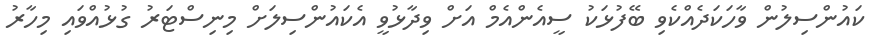
ކައުންސިލުން ވާހަކަދެއްކެވި ބޭފުޅަކު ސީއެންއެމް އަށް ވިދާޅުވީ އެކައުންސިލަށް މިނިސްޓަރު ގުޅުއްވައި މިހާރު